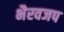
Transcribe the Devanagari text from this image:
भैरवजप